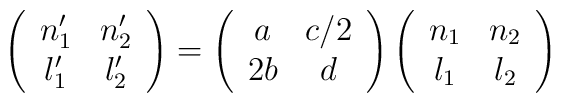
\left(\begin{array}{cc}n'_1& n'_2 \\l'_1& l'_2\end{array}\right)=\left(\begin{array}{cc}a& c/2\\2b&d\end{array} \right)  \left(\begin{array}{cc} n_1& n_2 \\l_1& l_2 \end{array}\right)